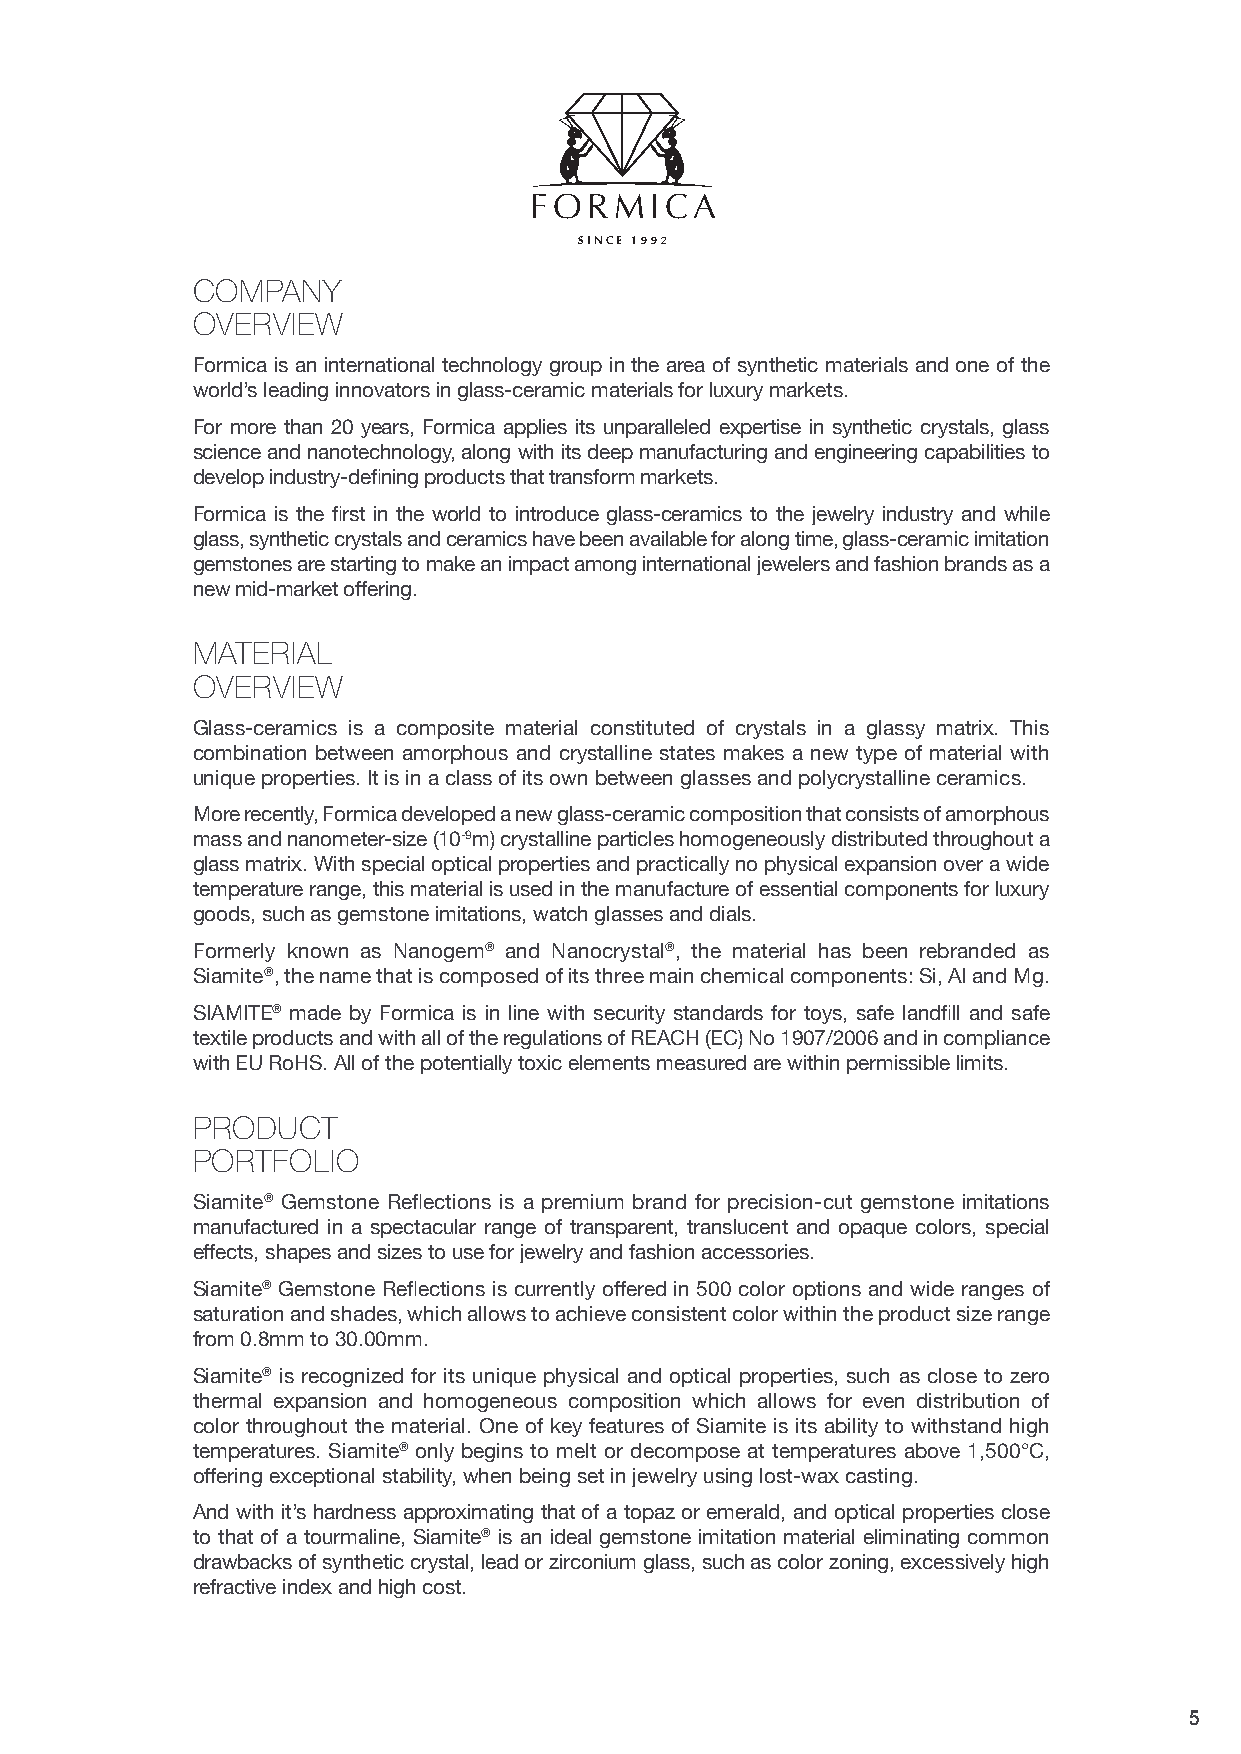
FORMIC     A
 SIN CE 1992
 COMPANY
 OVERVIEW
 Formica is an international technology group in the area of synthetic materials and one of the
 world’s leading innovators in glass-ceramic materials for luxury markets.
 For more than 20 years, Formica applies its unparalleled expertise in synthetic crystals, glass
 science and nanotechnology, along with its deep manufacturing and engineering capabilities to
 develop industry-defining products that transform markets.
 Formica is the first in the world to introduce glass-ceramics to the jewelry industry and while
 glass, synthetic crystals and ceramics have been available for along time, glass-ceramic imitation
 gemstones are starting to make an impact among international jewelers and fashion brands as a
 new mid-market offering.
 MATERIAL
 OVERVIEW
 Glass-ceramics is a composite material constituted of crystals in a glassy matrix. This
 combination between amorphous and crystalline states makes a new type of material with
 unique properties. It is in a class of its own between glasses and polycrystalline ceramics.
 More recently, Formica developed a new glass-ceramic composition that consists of amorphous
 mass and nanometer-size (10-9m) crystalline particles homogeneously distributed throughout a
 glass matrix. With special optical properties and practically no physical expansion over a wide
 temperature range, this material is used in the manufacture of essential components for luxury
 goods, such as gemstone imitations, watch glasses and dials.
 Formerly known as Nanogem® and Nanocrystal®, the material has been rebranded as
 Siamite®, the name that is composed of its three main chemical components: Si, Al and Mg.
 SIAMITE® made by Formica is in line with security standards for toys, safe landfill and safe
 textile products and with all of the regulations of REACH (EC) No 1907/2006 and in compliance
 with EU RoHS. All of the potentially toxic elements measured are within permissible limits.
 PRODUCT
 PORTFOLIO
 Siamite® Gemstone Reflections is a premium brand for precision-cut gemstone imitations
 manufactured in a spectacular range of transparent, translucent and opaque colors, special
 effects, shapes and sizes to use for jewelry and fashion accessories.
 Siamite® Gemstone Reflections is currently offered in 500 color options and wide ranges of
 saturation and shades, which allows to achieve consistent color within the product size range
 from 0.8mm to 30.00mm.
 Siamite® is recognized for its unique physical and optical properties, such as close to zero
 thermal expansion and homogeneous composition which allows for even distribution of
 color throughout the material. One of key features of Siamite is its ability to withstand high
 temperatures. Siamite® only begins to melt or decompose at temperatures above 1,500°C,
 offering exceptional stability, when being set in jewelry using lost-wax casting.
 And with it’s hardness approximating that of a topaz or emerald, and optical properties close
 to that of a tourmaline, Siamite® is an ideal gemstone imitation material eliminating common
 drawbacks of synthetic crystal, lead or zirconium glass, such as color zoning, excessively high
 refractive index and high cost.
 5